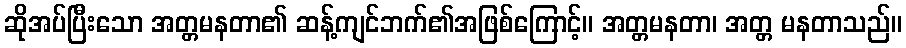
ဆိုအပ်ပြီးသော အတ္တမနတာ၏ ဆန့်ကျင်ဘက်၏အဖြစ်ကြောင့်။ အတ္တမနတာ၊ အတ္တ မနတာသည်။